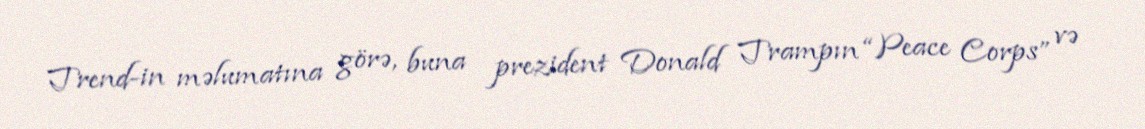
Trend-in məlumatına görə, buna prezident Donald Trampın “Peace Corps” və